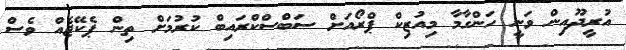
އުރީދޫއިން ވަނީ ހަންގާމާ މިއުޒިކް ޕްރޯއަށް ސަބްސްކްރައިބް ކުރުމަށް ތިން ޕެކޭޖެއް ވެސް